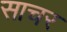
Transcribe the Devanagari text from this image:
साचर